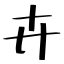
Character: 卉